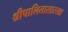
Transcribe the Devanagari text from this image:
श्रीपालितासारखा